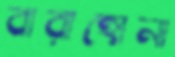
বারাহোনা